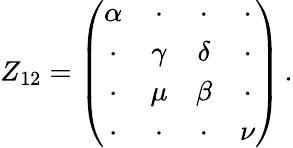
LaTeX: Z_{12}=\left(\begin{array}{cccc}{{\alpha}}&{{\cdot}}&{{\cdot}}&{{\cdot}}\\ {{\cdot}}&{{\gamma}}&{{\delta}}&{{\cdot}}\\ {{\cdot}}&{{\mu}}&{{\beta}}&{{\cdot}}\\ {{\cdot}}&{{\cdot}}&{{\cdot}}&{{\nu}}\end{array}\right)\, .